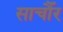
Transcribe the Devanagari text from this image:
साचौँर